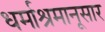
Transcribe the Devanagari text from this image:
धर्माश्रमानूसार